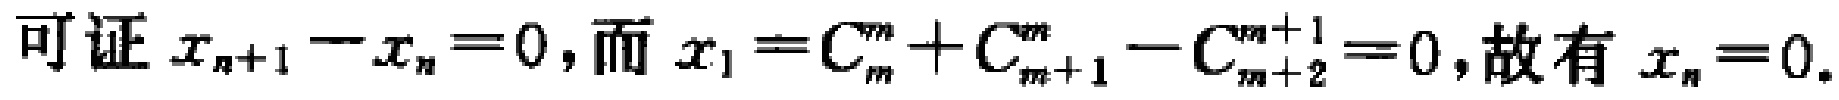
可证 \(x_{n + 1} - x_{n} = 0\), 而 \(x_{1} = C_{m}^{m}+C_{m + 1}^{m}-C_{m + 2}^{m + 1}=0\), 故有 \(x_{n}=0\).